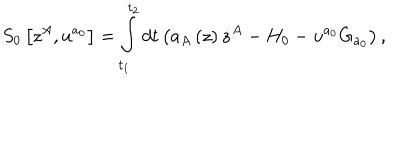
S _ { 0 } \left[ z ^ { A } , u ^ { a _ { 0 } } \right] = \int _ { t _ { 1 } } ^ { t _ { 2 } } d t \left( a _ { A } \left( z \right) \dot { z } ^ { A } - H _ { 0 } - u ^ { a _ { 0 } } G _ { a _ { 0 } } \right) ,